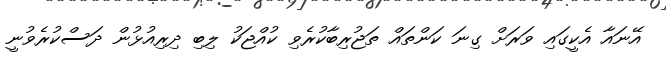
އޭނައާ އެކީގައި ވަރަށް ގިނަ ކަންތައް ތަޖުރިބާކުރެވި ކުއްޖަކު ލިބި ދިރިއުޅުން ދަސްކުރެވުނީ